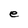
Character: e